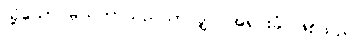
သို့သော် မ္လယ်တာသည်သာလျှင် အရင်းခံ ဖြစ်သည်။